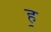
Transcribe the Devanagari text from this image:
ह॒